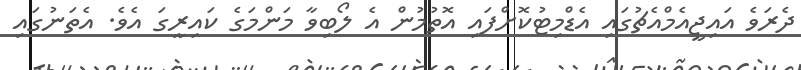
ދެރަވެ އައިޖީއެމްއެޗުގައި އެޑްމިޓުކޮށްފައި އޮތުމުން އެ ލޯބިވާ މަންމަގެ ކައިރީގަ އެވެ. އެތަނުގައި